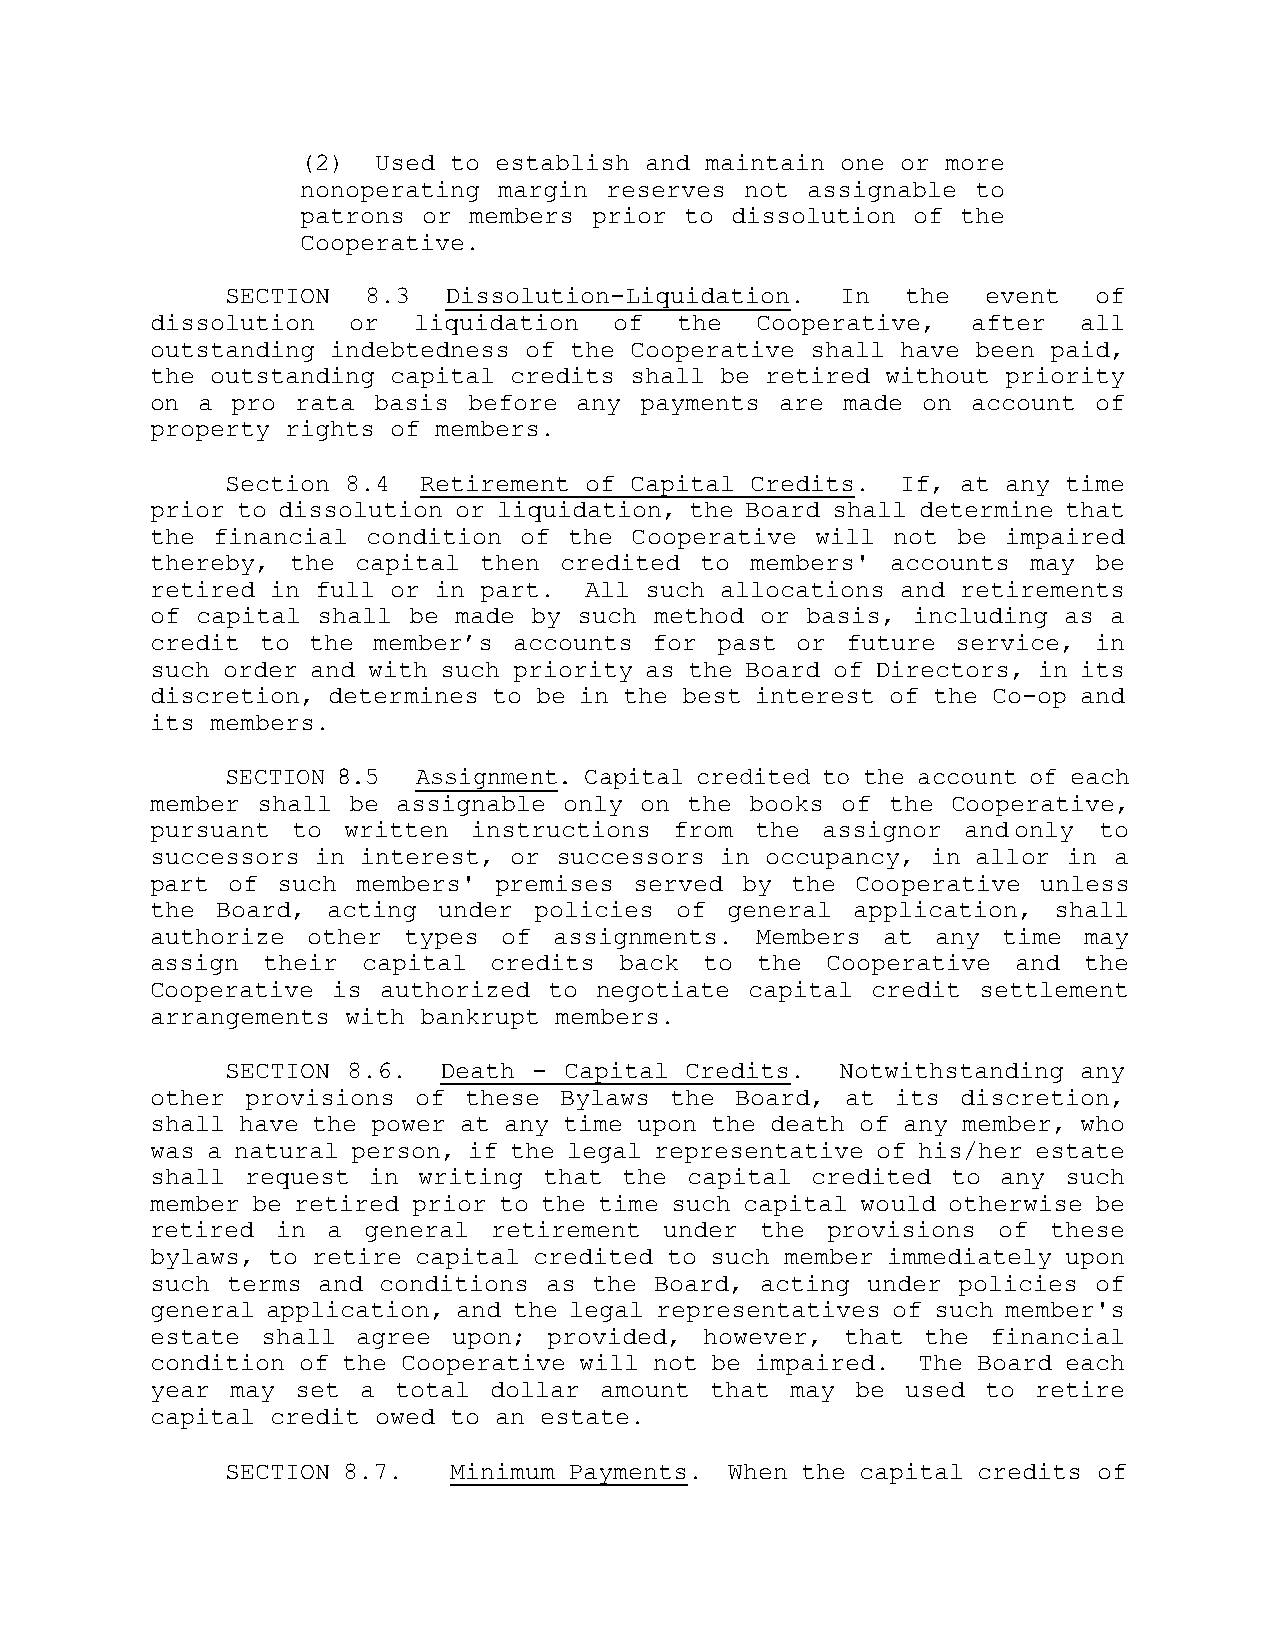
(2)  Used to establish and maintain one or more
 nonoperating margin reserves not assignable  to
 patrons or members prior to dissolution of  the
 Cooperative.
 SECTION  8.3  Dissolution-Liquidation.   In  the  event   of
 dissolution  or  liquidation   of  the  Cooperative,  after   all
 outstanding indebtedness of the Cooperative shall have been paid,
 the outstanding capital credits shall be retired without priority
 on a pro  rata basis before any payments  are made on account of
 property rights of members.
 Section 8.4  Retirement of Capital Credits.  If, at any time
 prior to dissolution or liquidation, the Board shall determine that
 the financial condition of  the Cooperative will not be  impaired
 thereby, the  capital then credited to  members' accounts may be
 retired in full or in part.  All such allocations and retirements
 of capital shall be made by such method or basis, including as a
 credit to the  member’s accounts for past  or future service,  in
 such order and with such priority as the Board of Directors, in its
 discretion, determines to be in the best interest of the Co-op and
 its members.
 SECTION 8.5  Assignment. Capital credited to the account of each
 member shall be assignable only on  the books of the Cooperative,
 pursuant to  written instructions  from the assignor  and only to
 successors in interest, or successors in occupancy, in all or in a
 part of such  members' premises served by the  Cooperative unless
 the Board,  acting under policies  of general application,  shall
 authorize other  types of  assignments. Members at  any time  may
 assign their  capital  credits back  to the  Cooperative and  the
 Cooperative is authorized to negotiate  capital credit settlement
 arrangements with bankrupt members.
 SECTION 8.6.  Death - Capital Credits.   Notwithstanding any
 other provisions of  these Bylaws the  Board, at its  discretion,
 shall have the power at any time upon the death of any member, who
 was a natural person, if the legal representative of his/her estate
 shall request in  writing that the capital  credited to any such
 member be retired prior to the time such capital would otherwise be
 retired in  a general  retirement under the  provisions of  these
 bylaws, to retire capital credited to such member immediately upon
 such terms and conditions as the Board, acting under policies of
 general application, and the legal representatives of such member's
 estate shall  agree upon; provided,  however, that the  financial
 condition of the Cooperative will not be impaired. The Board each
 year may  set a total dollar  amount that may  be used to  retire
 capital credit owed to an estate.
 SECTION 8.7.   Minimum Payments. When the capital credits of